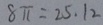
8 \pi = 2 5 . 1 2